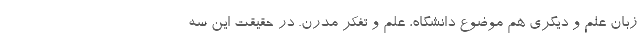
زبان علم و دیگری هم موضوع دانشگاه، علم و تفکر مدرن. در حقیقت این سه